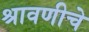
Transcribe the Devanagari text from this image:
श्रावणीचे